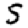
Digit: 5